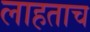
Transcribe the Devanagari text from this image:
लाहताच